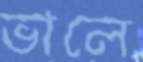
ভালে